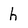
Character: h